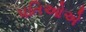
પતિઓએ